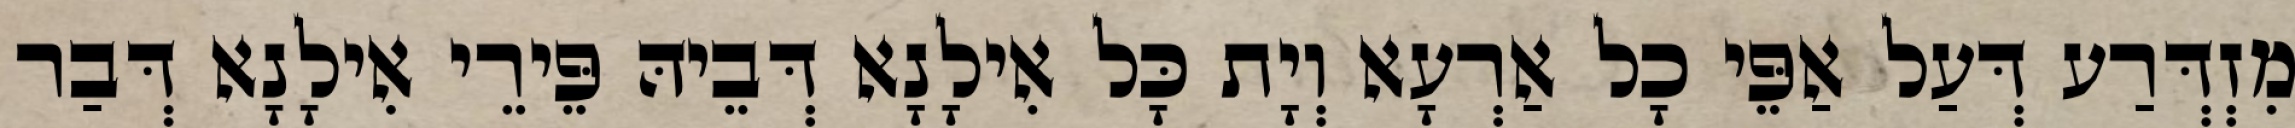
מִזְדְּרַע דְּעַל אַפֵּי כָל אַרְעָא וְיָת כָּל אִילָנָא דְּבֵיהּ פֵּירֵי אִילָנָא דְּבַר